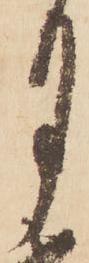
月